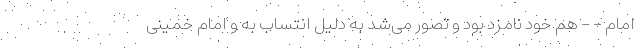
امام - - هم خود نامزد بود و تصور می‌شد به دلیل انتساب به و امام خمینی